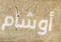
أوشام